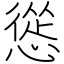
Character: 慫